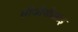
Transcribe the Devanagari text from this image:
सीजीसीआइ